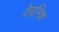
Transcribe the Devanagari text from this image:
देवनिश